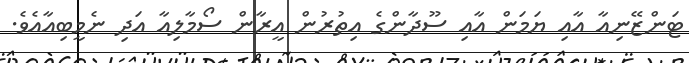
ޓަންޒޭނިއާ އާއި ޔަމަން އާއި ސޫދާންގެ އިތުރުން އީރާން ސޯމާލިއާ އަދި ނެމީބިއާއެވެ.